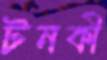
টনকী